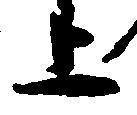
上